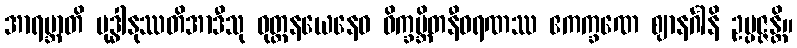
အာရဗ္ဘာတိ ဗုဒ္ဓါနုဿတိအာဒီသု ဝုတ္တနယေနေဝ ဝိက္ခမ္ဘိတနီဝရဏဿ ဧကက္ခဏေ ဈာနင်္ဂါနိ ဥပ္ပဇ္ဇန္တိ။